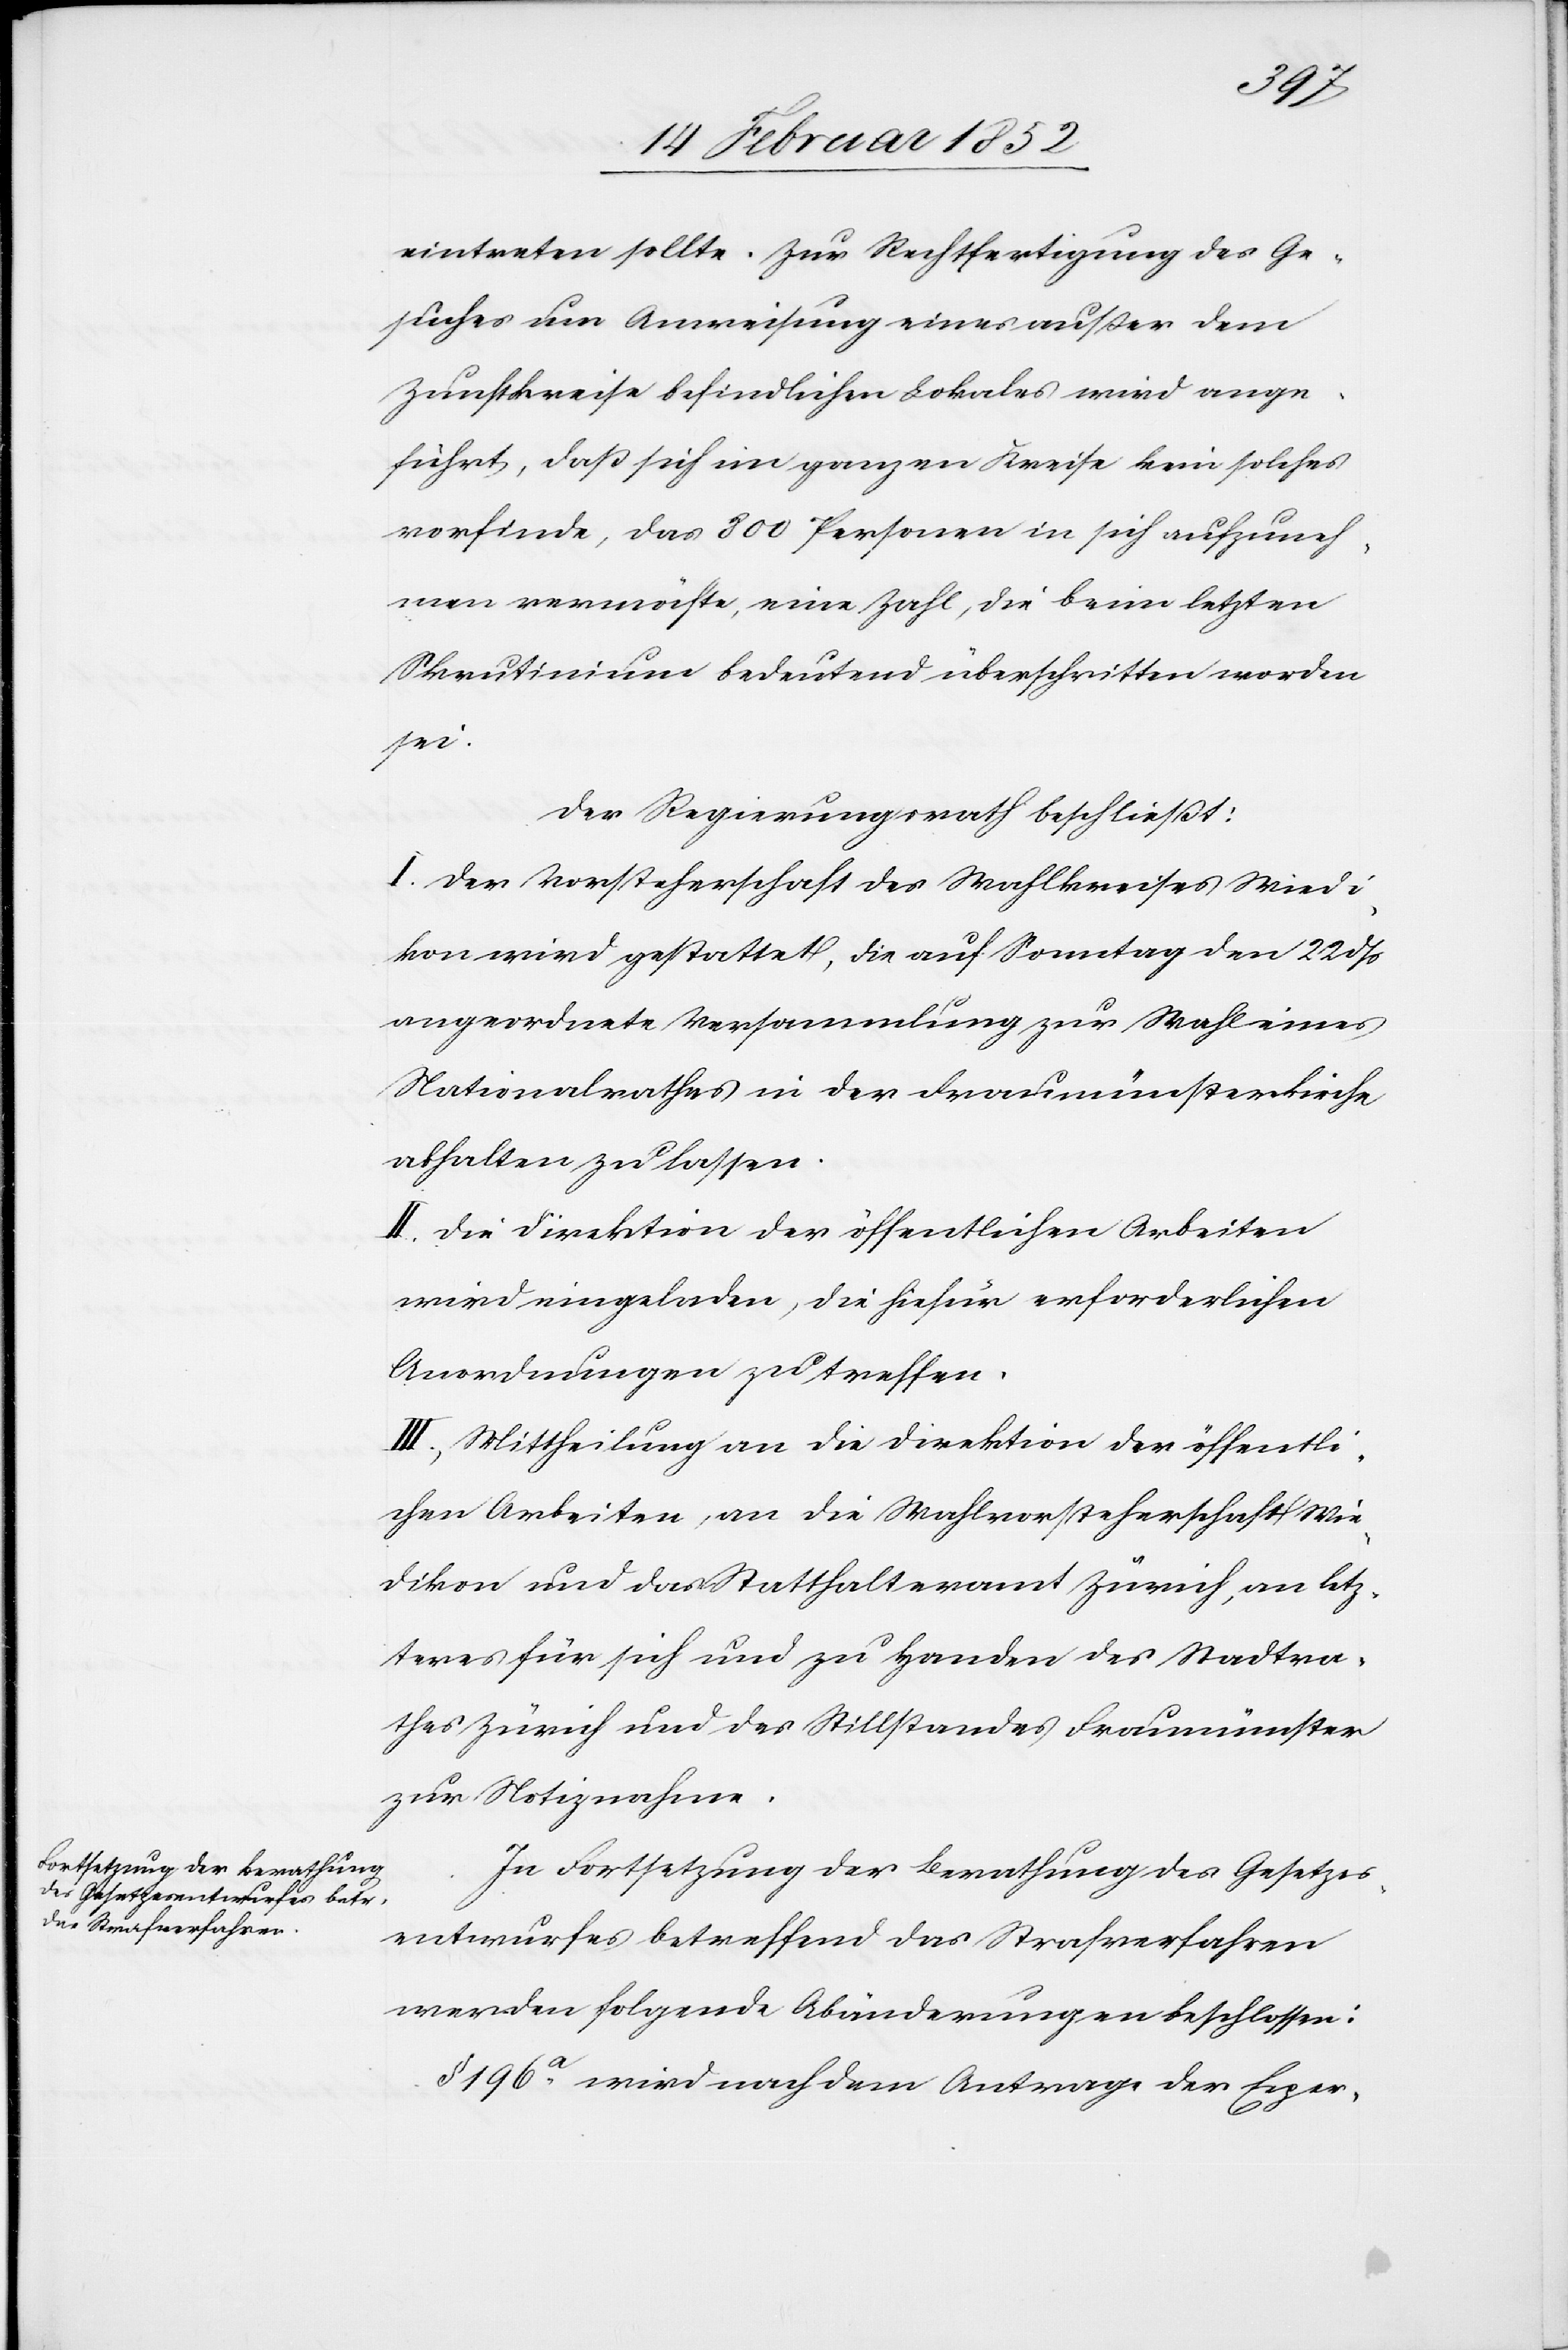
eintreten sollte. Zur Rechtfertigung des Ge¬
suches um Anweisung eines außer dem
Zunftkreise befindlichen Lokales wird ange¬
führt, daß sich im ganzen Kreise kein solches
vorfinde, das 800 Personen in sich aufzuneh¬
men vermöchte, eine Zahl, die beim letzten
Skrutinium bedeutend überschritten worden
sei.
Der Regierungsrath beschließt:
I. Der Vorsteherschaft des Wahlkreises Wiedi¬
kon wird gestattet, die auf Sonntag den 22 dß
angeordnete Versammlung zur Wahl eines
Nationalrathes in der Fraumünsterkirche
abhalten zu lassen.
II. Die Direktion der öffentlichen Arbeiten
wird eingeladen, die hiefür erforderlichen
Anordnungen zu treffen.
III.) Mittheilung an die Direktion der öffentli¬
chen Arbeiten, an die Wahlvorsteherschaft Wie¬
dikon für sich und zu Handen des Stadtra¬
thes Zürich und des Stillstandes Fraumünster
zur Notiznahme.
In Fortsetzung der Berathung des Gesetzes¬
entwurfes betreffend das Strafverfahren
werden folgende Abänderungen beschlossen:
§ 196a wird nach dem Antrage der Exper-